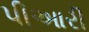
પીઆરી